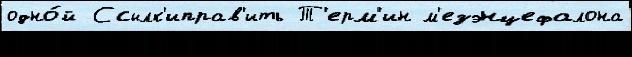
одно́й Ссылк'иправ'ить Т'ерм'ин м'езэнцефалона